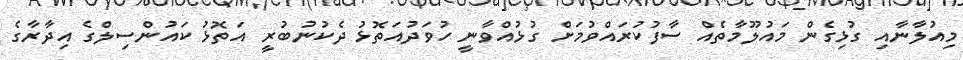
މިއުލާނާއި ގުޅިގެން މައުލޫމާތެއް ސާފުކުރައްވުމަށް ގުޅުއްވާނީ ހުވަދުއަތޮޅު ދެކުނުބުރީ އަތޮޅު ކައުންސިލްގެ އިދާރާގެ